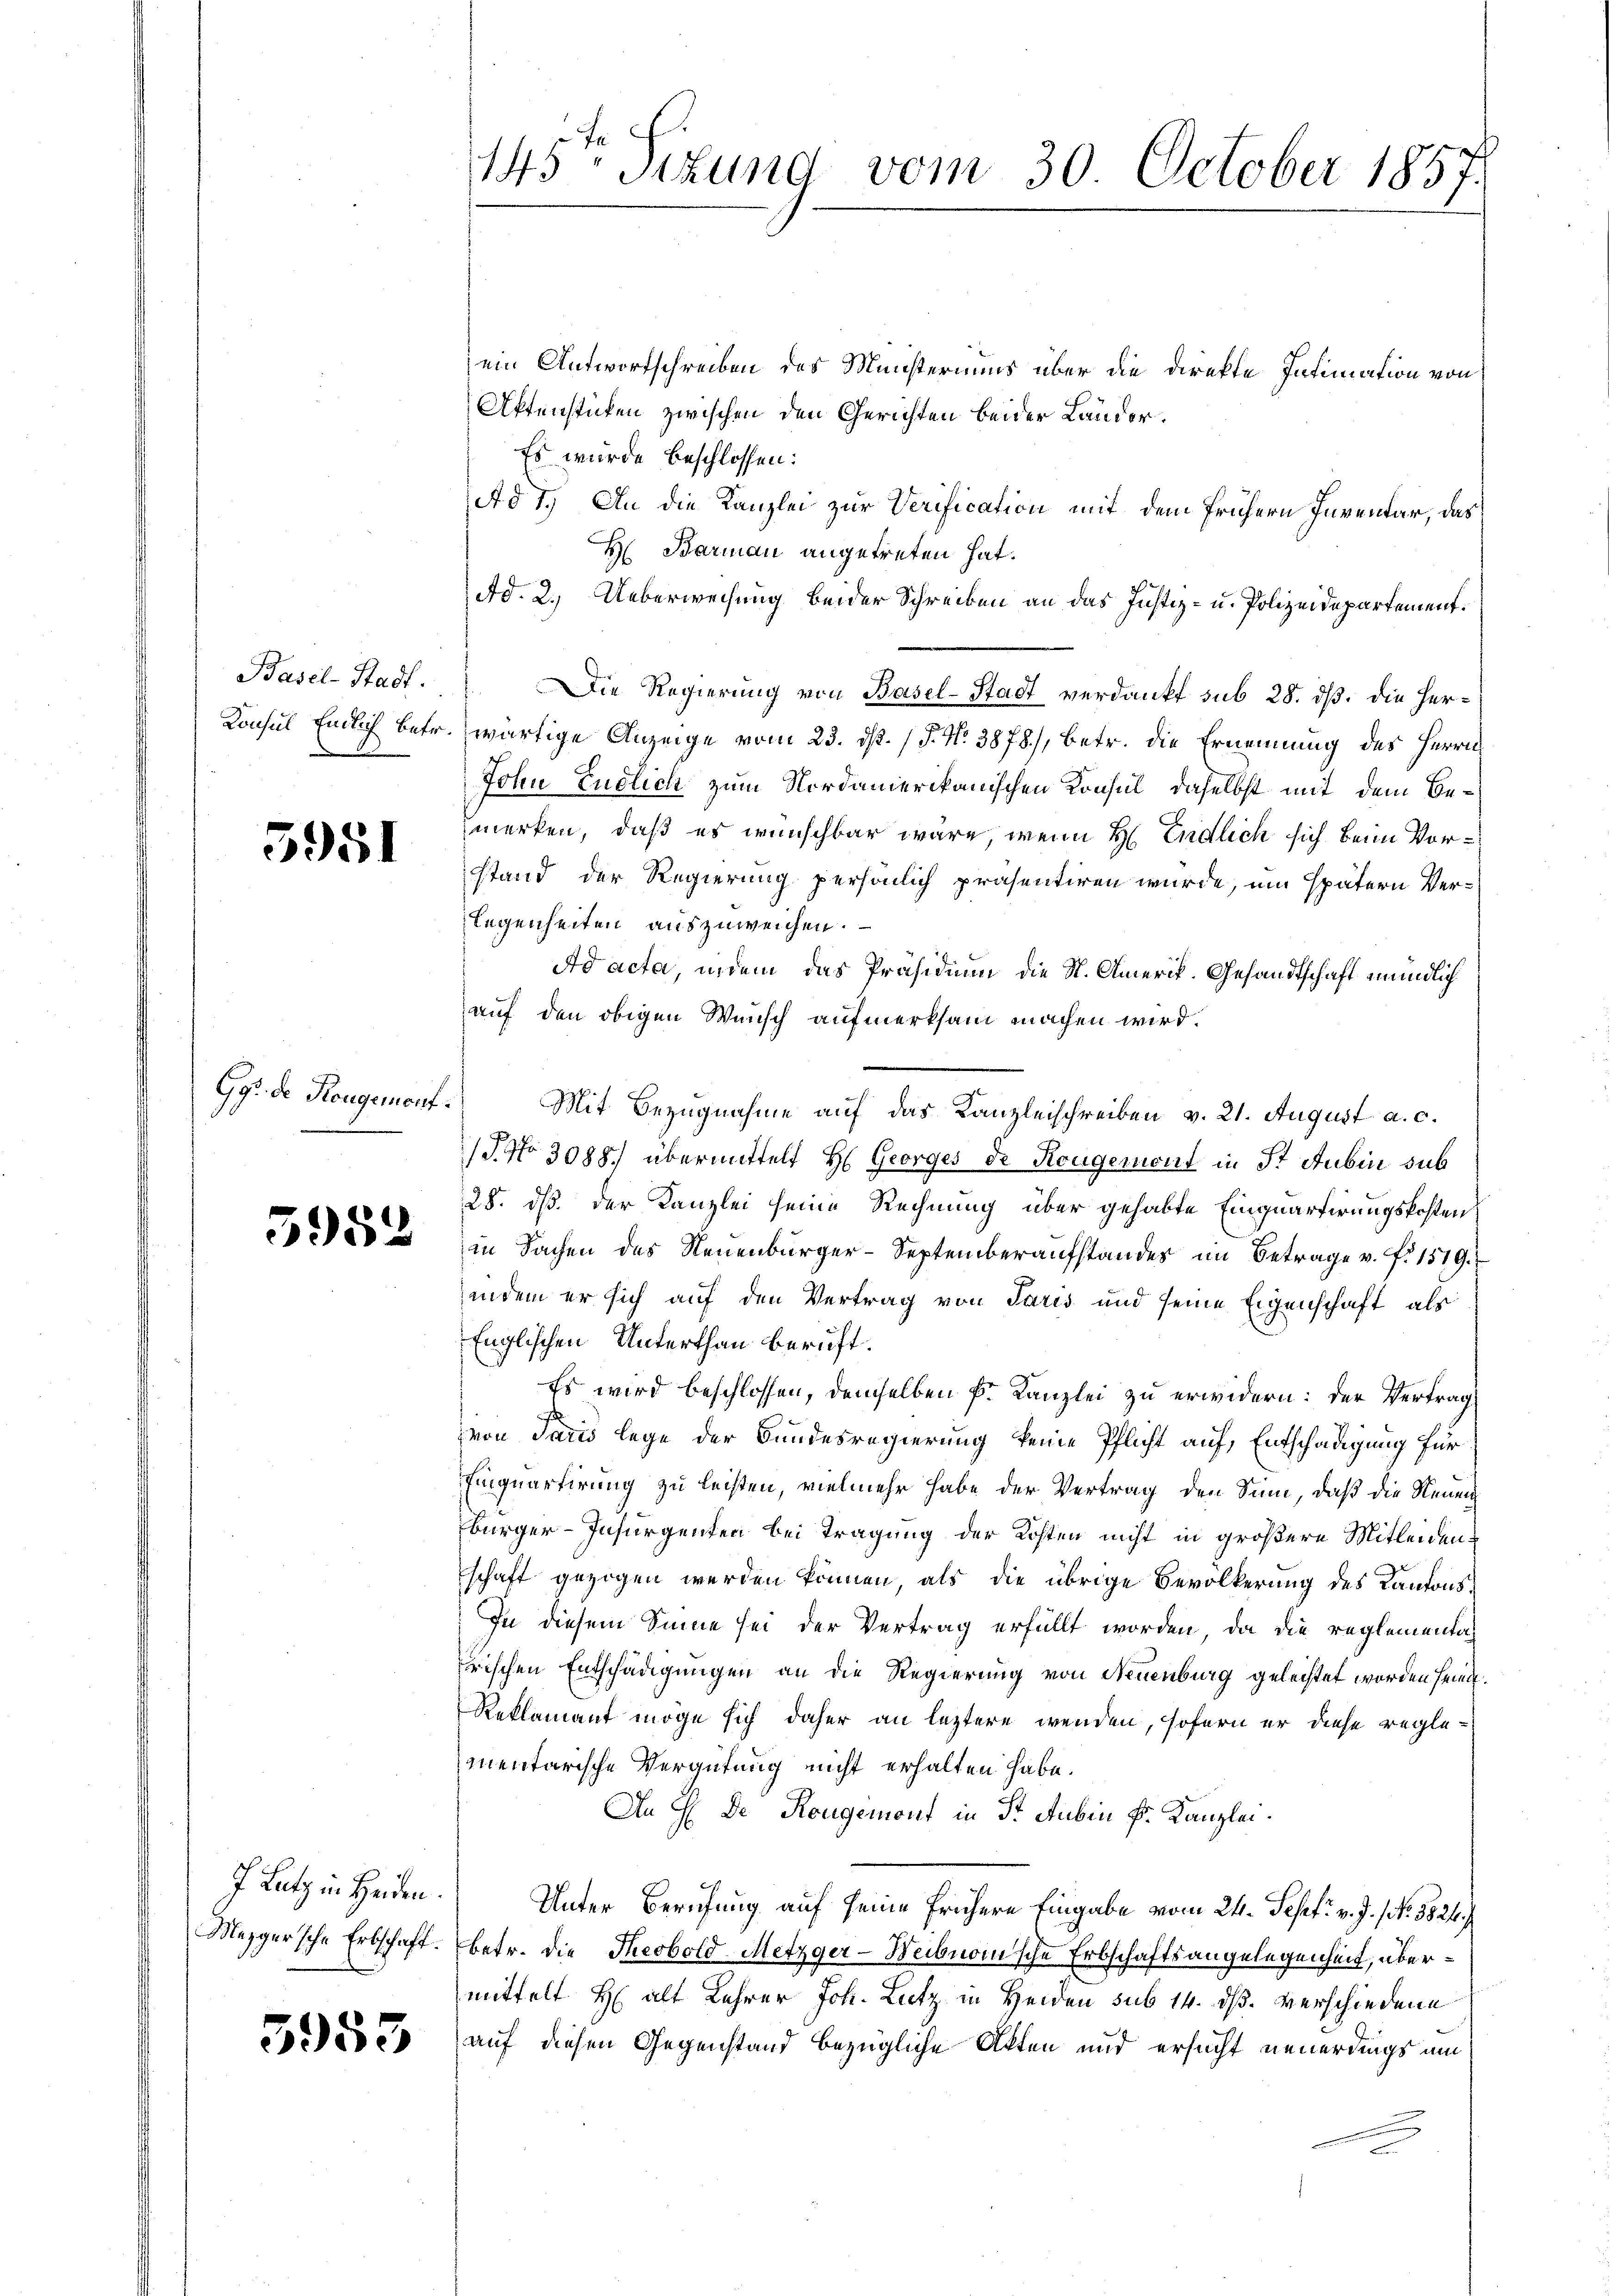
Basel-Stadt.

3951

G. de Rougement.

5952

J. Lutz in Heiden.

5953

145. Sekund vom 30. October 1857.

ein Antwortschreiben des Ministeriums über die Direkte Intimation von
Aktenstücken zwischen den Gerichten beider Länder¬
Es wurde beschlossen:
Ad 1.) An die Kanzlei zur Verification mit dem frühern Inventar, das
H Barman angetreten hat.
Ad. 2. Ueberweisung beider Schreiben an das Justiz- u. Polizeidepartement.
Die Regierung von Basel-Stadt verdankt sub 28. ds. die Her¬
Konsul Einlich betr. wärtige Anzeige vom 23. ds. (T. N. 3878.), betr. die Ernennung des Herrn
Johu Endlich zum Nordamerikanischen Konsul, daselbst mit dem Bemerken, daß es wünschbar wäre, wenn H. Endlich sich beim Vorstand der Regierung persönlich präsentiren wurde, um spätern Ver¬
Legenheiten auszuweichen.
Ad acta, indem das Präsidium die St. Amerik. Gesandtschaft mündlich
auf den obigen Wunsch aufmerksam machen wird.
Mit Bezugnahme auf das Kanzleischreiben v. 21. August a. c.
T. No 3088.) übermittelt H. Georges de Rougemont in St. Aubin sub
28. ds. der Kanzlei seine Rechnung über gehabte Einquartirungskosten
in Sachen des Neuenburger-Septemberaufstandes im Betrage v. P. 1519.
indem er sich auf den Vertrag von Paris und seine Eigenschaft als
Englischen Unterthan beruft.
Es wird beschlossen, demselben k. Kanzlei zu erwidern: der Vertrag
von Paris lege der Bundesregierung keine Pflicht auf, Entschädigung für
Einquartirung zu leisten, vielmehr habe der Vertrag den Sinn, daß die Neuen
bürger-Insurgenten bei Tragung der Kosten nicht in größere Mitleidenschaft gezogen werden können, als die übrige Bevölkerung des Kantons¬
In diesem Sinne sei der Vertrag erfüllt worden, da die reglementarischen Entschädigungen an die Regierung von Neuenburg geleistet worden sein.
Reklamant möge sich daher an leztere wenden, sofern er diese reglementarische Vergütung nicht erhalten habe.
An H. De Rougemont in St. Aubin Dr. Kanzlei.
Unter Berufung auf seine frühere Eingabe vom 24. Sept. v. J. No. 5824.
Mezger’sche Erbschaft. betr. die Theobold-Metzger-Weibnomische Erbschaftsangelegenheit, übermittelt H. alt Lehrer Joh. Lutz in Heiden sub 14. dß. verschiedene
auf diesen Gegenstand bezügliche Akten und ersucht neuerdings um